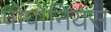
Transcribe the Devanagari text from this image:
पोंपोनियस